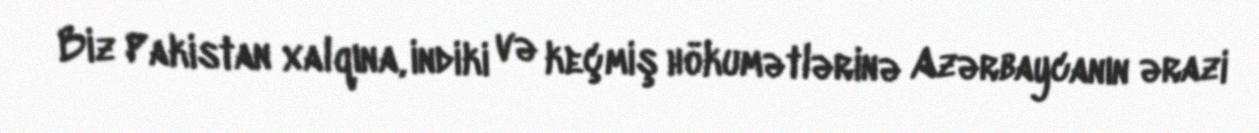
Biz Pakistan xalqına, indiki və keçmiş hökumətlərinə Azərbaycanın ərazi